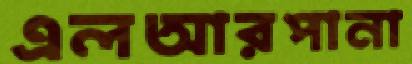
এলআরপানা